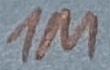
Text: 1M